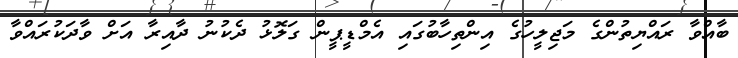
ބާއްވާ ރައްޔިތުންގެ މަޖިލީހުގެ އިންތިހާބުގައި އެމްޑީޕީން ގަލޮޅު ދެކުނު ދާއިރާ އަށް ވާދަކުރައްވާ